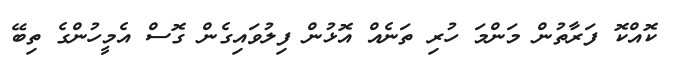
ކޮއްކޮ ފަރާތުން މަންމަ ހުރި ތަނެއް އޮޅުން ފިލުވައިގެން ގޮސް އެމީހުންގެ ތިބޭ